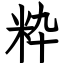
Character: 粋